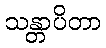
သန္တာပိတာ